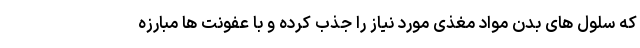
که سلول های بدن مواد مغذی مورد نیاز را جذب کرده و با عفونت ها مبارزه